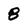
Character: 8